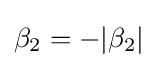
\beta _{2}=-|\beta _{2}|